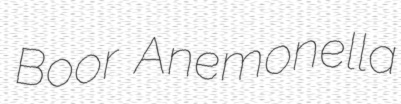
Boor Anemonella